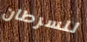
للسرطان